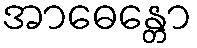
အာဓေန္တော